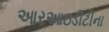
આરઆઇડીટીના